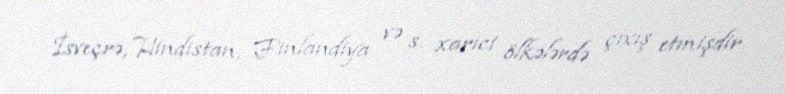
İsveçrə, Hindistan, Finlandiya və s. xarici ölkələrdə çıxış etmişdir.